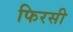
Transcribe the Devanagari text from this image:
फिरसी